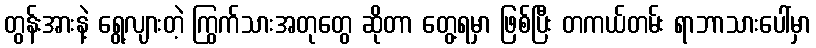
တွန်းအားနဲ့ ရွေ့လျားတဲ့ ကြွက်သားအတုတွေ ဆိုတာ တွေ့ရမှာ ဖြစ်ပြီး တကယ်တမ်း ရာဘာသားပေါ်မှာ